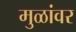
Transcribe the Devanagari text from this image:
मुळांवर